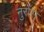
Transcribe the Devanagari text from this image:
नुरोंस